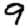
Digit: 9